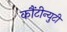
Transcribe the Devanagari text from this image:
कौंटीन्युटी